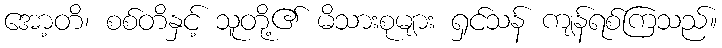
အော့တိ၊ စစ်တိနှင့် သူတို့၏ မိသားစုများ ရှင်သန် ကျန်ရစ်ကြသည်။